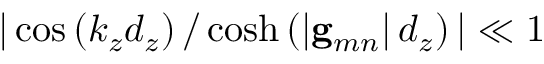
| \cos \left( k _ { z } d _ { z } \right) / \cosh \left( \left| { \bf g } _ { m n } \right| d _ { z } \right) | \ll 1